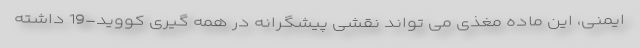
ایمنی، این ماده مغذی می تواند نقشی پیشگرانه در همه گیری کووید-19 داشته